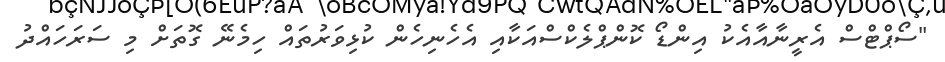
"ސޯޕްޓްސް އެރީނާއާއެކު އިންޑޯ ކޮންޕްލެކްސްއަކާއި އެހެނިހެން ކުޅިވަރުތައް ހިމެނޭ ގޮތަށް މި ސަރަހައްދު